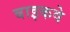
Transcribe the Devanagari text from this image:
बाइकवे